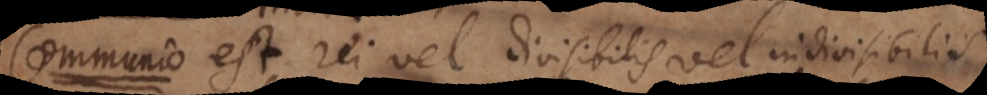
C est rei vel divisibilis vel indivisibilis.